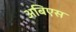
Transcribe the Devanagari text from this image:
अबिएस